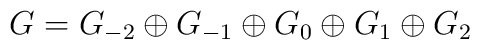
G= G_{-2} \oplus G_{-1} \oplus G_0 \oplus G_1 \oplus G_2